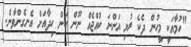
"ހުމާއަކީ މީހުން ދެކެ ރުޅި އަންނަ ކުއްޖެއް ނޫން ކަން ހިދާއަށް އެނގެެންވާނެ.